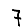
Digit: 7